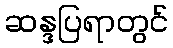
ဆန္ဒပြရာတွင်